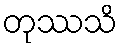
တုဿသိ